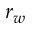
r _ { w }